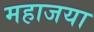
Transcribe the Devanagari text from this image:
महाजया